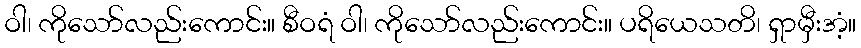
ဝါ၊ ကိုသော်လည်းကောင်း။ စီဝရံ ဝါ၊ ကိုသော်လည်းကောင်း။ ပရိယေသတိ၊ ရှာမှီးအံ့။